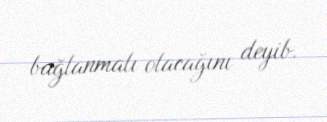
bağlanmalı olacağını deyib.